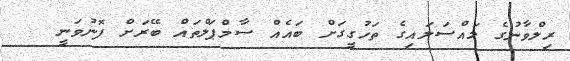
ރިލްވާނުގެ މައްސަލައިގެ ތަހުގީގަށް ބައެއް ސާމްޕަލްތައް ބޭރަށް ފޮނުވަނީ